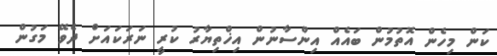
ކަން މިހެން އޮތުމުން ބައެއް އިންސާނުން އިޚްތިޔާރު ކުރީ ނަރަކައަށް ދެވޭ މަގުން